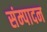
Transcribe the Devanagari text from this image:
संम्पादन